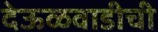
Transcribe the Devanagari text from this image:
देऊळवाडीची